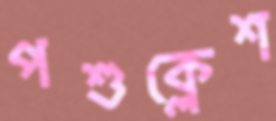
পশুক্লেশ